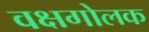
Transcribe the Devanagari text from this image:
वक्षगोलक